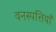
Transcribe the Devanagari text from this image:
वनस्पत्तियाँ